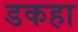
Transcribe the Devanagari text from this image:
डकहा